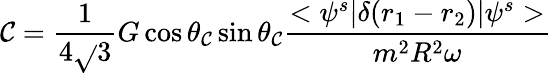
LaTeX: \mathcal{C}={\frac{{1}}{{4\sqrt{}{{3}}}}}G\cos\theta_{\mathcal{C}}\sin\theta_{\mathcal{C}}{\frac{{<\psi^{s}|\delta(r_{1}-r_{2})|\psi^{s}>}}{{m^{2}R^{2}\omega}}}